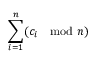
\sum _ { i = 1 } ^ { n } ( c _ { i } \mod { n } )